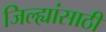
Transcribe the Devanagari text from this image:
जिल्ह्यांसाठी